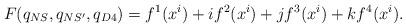
LaTeX: \begin{align*}F(q_{NS},q_{NS'},q_{D4}) = f^1(x^i)+if^2(x^i)+jf^3(x^i)+kf^4(x^i).\end{align*}